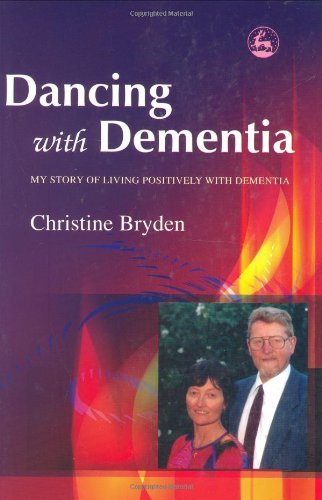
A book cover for By Christine Bryden - Dancing with Dementia: My Story of Living Positively with Dementia; Health, Fitness & Dieting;